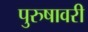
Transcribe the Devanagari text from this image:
पुरुषावरी